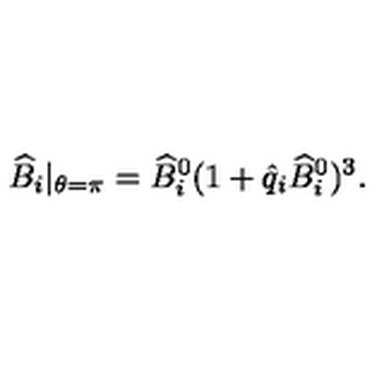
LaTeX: \widehat B _ { i } | _ { \theta = \pi } = { \widehat B } _ { i } ^ { 0 } ( 1 + \hat { q } _ { i } { \widehat B } _ { i } ^ { 0 } ) ^ { 3 } .